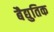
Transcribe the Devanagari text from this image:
बैद्युतिक